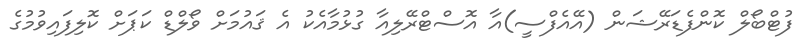
ފުޓްބޯލް ކޮންފެޑަރޭޝަން (އޭއެފްސީ)އާ އޮސްޓްރޭލިއާ ގުޅުމާއެކު އެ ޤައުމަށް ވޯލްޑް ކަޕަށް ކޮލިފައިވުމުގެ